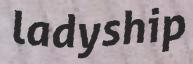
ladyship